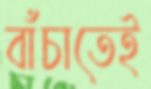
বাঁচাতেই